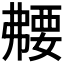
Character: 𫸻